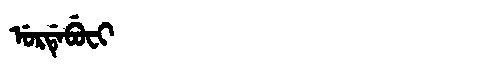
Manchu: ᡠᡵᡩᡝᠪᡠᠸᡳ
Romanization: URDEBUFI